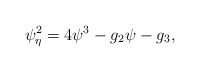
\begin{align*}\psi_\eta^2=4\psi^3-g_2\psi-g_3,\end{align*}